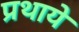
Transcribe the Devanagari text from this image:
प्रथाये